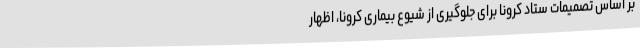
بر اساس تصمیمات ستاد کرونا برای جلوگیری از شیوع بیماری کرونا، اظهار